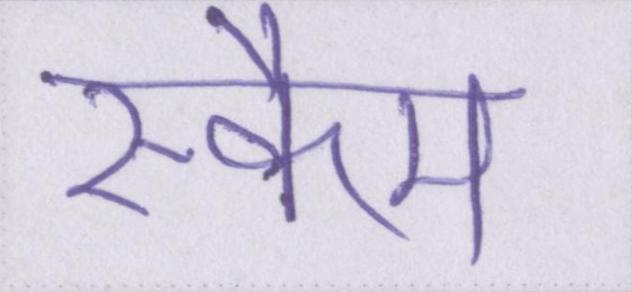
स्कैम